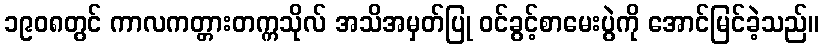
၁၉၀၈တွင် ကာလကတ္တားတက္ကသိုလ် အသိအမှတ်ပြု ဝင်ခွင့်စာမေးပွဲကို အောင်မြင်ခဲ့သည်။